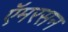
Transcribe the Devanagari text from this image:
ऍमरसन